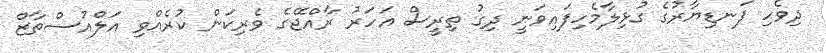
ދިވެހި ފަނޑިޔާރުގެ ގުޅިލާމެހިފައިވަނީ ދިގު ތިރީސް އަހަރު ރާއްޖޭގެ ވެރިކަން ކުރެއްވި އަލްއުސްތާޒް